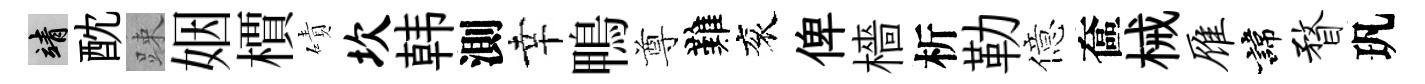
靖酖踈姻檟磧坎韩測幸鴨尊難衮俾檣析勒億奩械雁諱瞀㺬